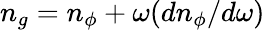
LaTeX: {n_{g}=n_{\phi}+\omega(dn_{\phi}/d\omega)}